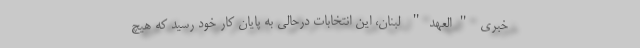
خبری "العهد" لبنان، این انتخابات درحالی به پایان کار خود رسید که هیچ